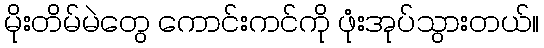
မိုးတိမ်မဲတွေ ကောင်းကင်ကို ဖုံးအုပ်သွားတယ်။